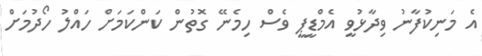
އެ މަނިކުފާނު ވިދާޅުވީ އެމްޑީޕީ ވެސް ހިމެނޭ ގޮތުން ކަންކަމަށް ހައްލު ހޯދުމަށް